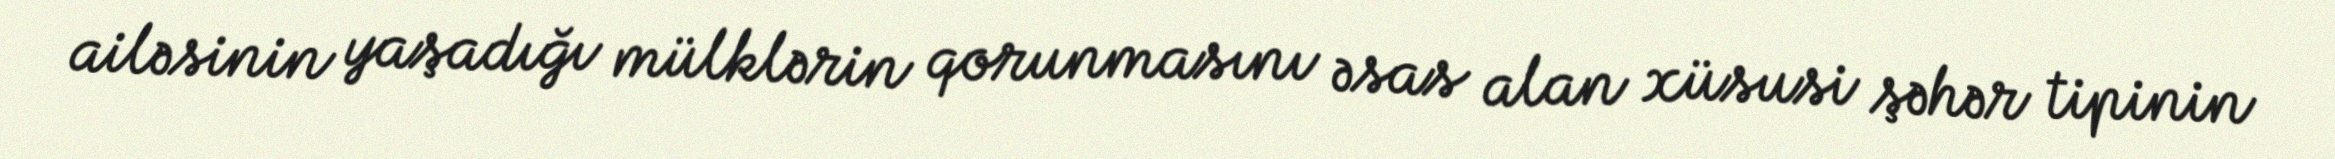
ailəsinin yaşadığı mülklərin qorunmasını əsas alan xüsusi şəhər tipinin